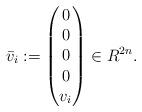
LaTeX: \begin{align*}\bar{v}_{i} := \begin{pmatrix}0 \\0 \\0 \\0 \\v_{i}\end{pmatrix} \in R^{2n}.\end{align*}